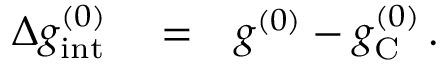
\begin{array} { r l r } { \Delta g _ { \mathrm { i n t } } ^ { ( 0 ) } } & { { } = } & { g ^ { ( 0 ) } - g _ { \mathrm { C } } ^ { ( 0 ) } \, . } \end{array}